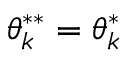
\theta _ { k } ^ { * * } = \theta _ { k } ^ { * }